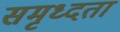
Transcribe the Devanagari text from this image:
समृध्दता